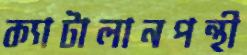
ক্যাটালানপন্থী